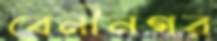
বেনীনগর